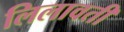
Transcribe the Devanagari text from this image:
लिलावती